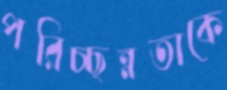
পরিচ্ছন্নতাকে